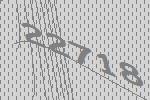
22718